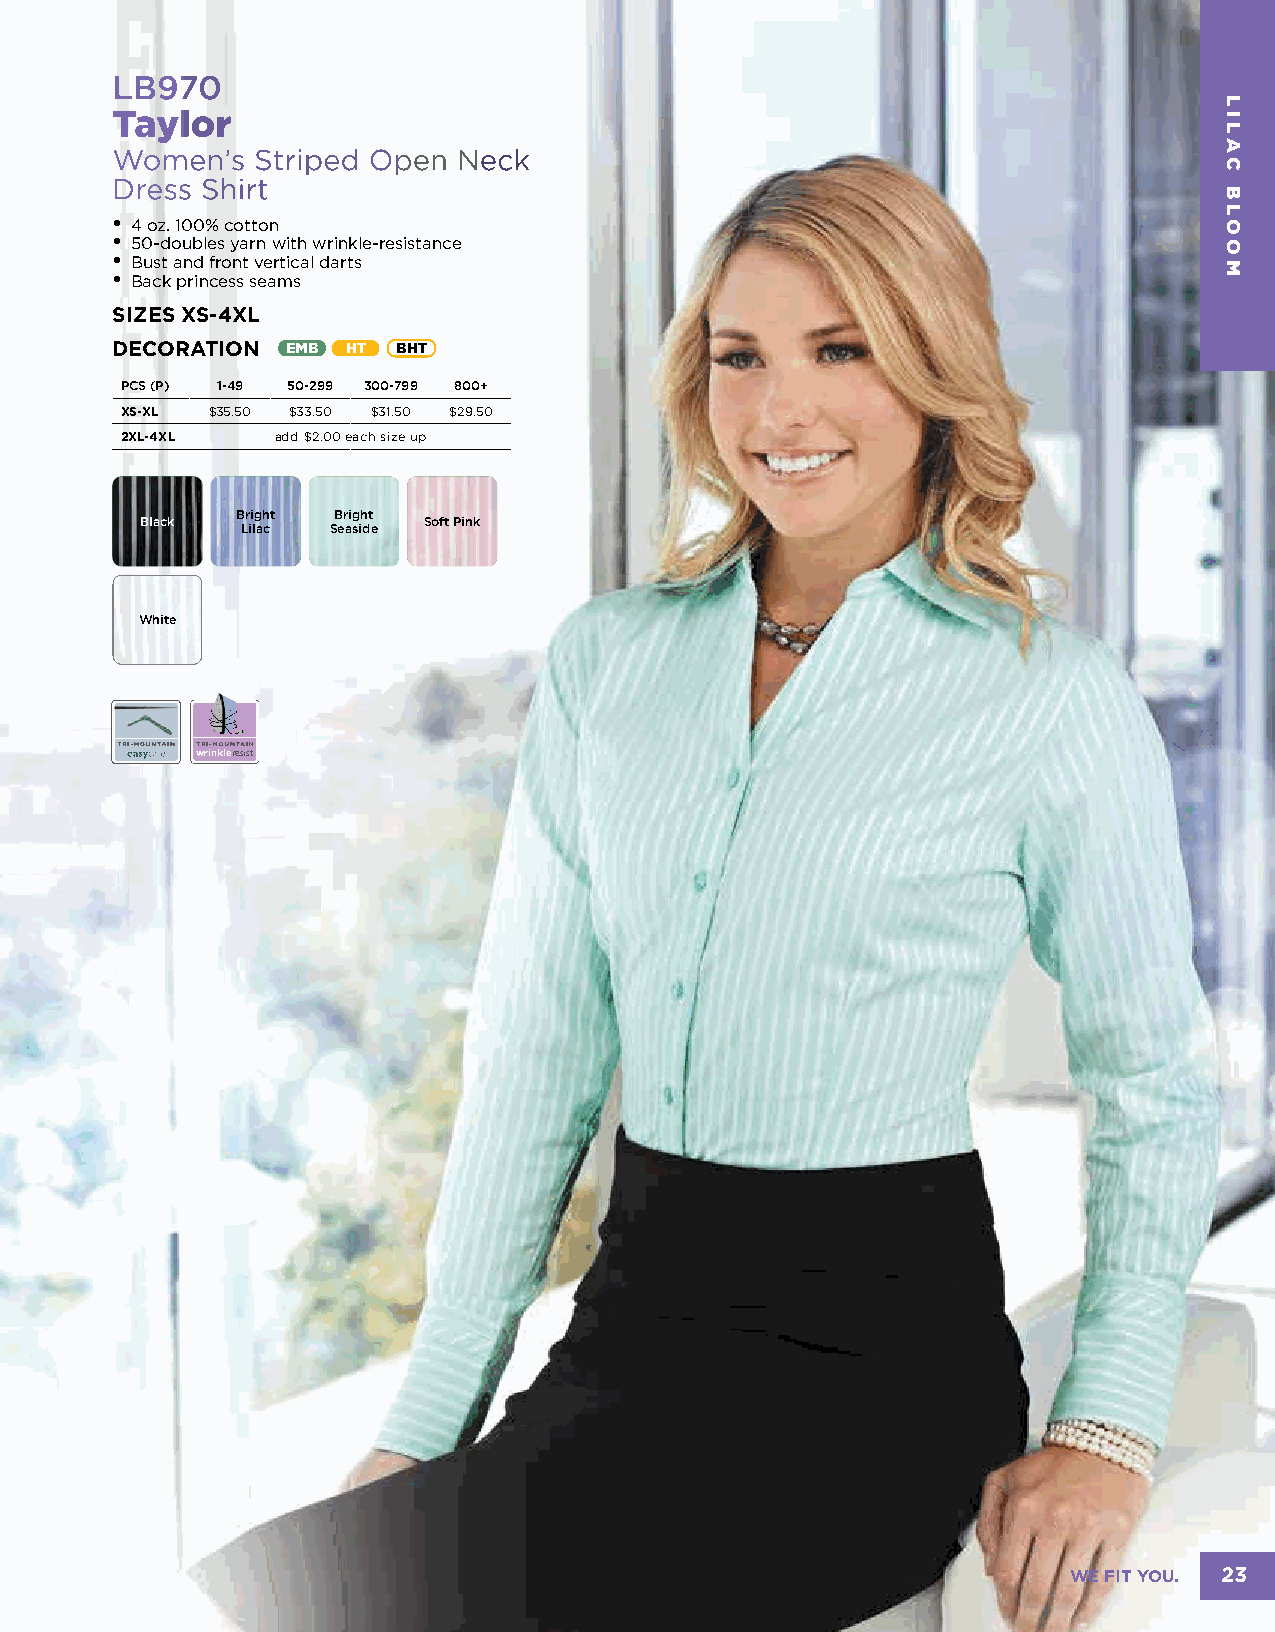
LB970
 Taylor
 Women’s   Striped Open Neck
 Dress Shirt
 • 4 oz. 100% cotton
 • 50-doubles yarn with wrinkle-resistance
 • Bust and front vertical darts
 • Back princess seams
 SIZES XS-4XL
 DECORATION  EMB HT BHT
 PCS (P) 1-49 50-299 300-799 800+
 XS-XL $35.50 $33.50 $31.50 $29.50
 2XL-4XL   add $2.00 each size up
 Bright Bright
 Black              Soft Pink
 Lilac Seaside
 White
 wrinkleresist
 WE FIT YOU. 23
 LILAC
 BLOOM